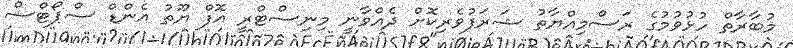
މުބާރާތް ހުޅުވުމުގެ ރަސްމިއްޔާތު ޝަރަފުވެރިކޮށް ދެއްވާނީ މިނިސްޓްރީ އޮފް ޔޫތު އެންޑް ސްޕޯޓްސް